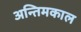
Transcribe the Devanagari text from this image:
अन्तिमकाल